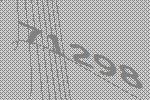
71298